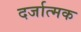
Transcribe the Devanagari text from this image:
दर्जात्मक